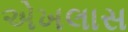
એખલાસ